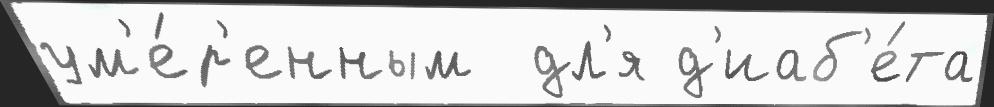
ум'е́р'енным  дл'я д'иаб'е́та